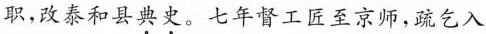
职，改泰和县\underset{·}{典}\underset{·}{史}。七年督工匠至京师，疏乞入